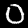
Label: 0